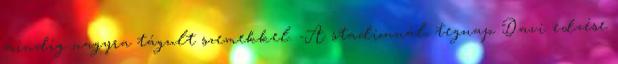
mindig nagyra tágult szemekkel. -A stadionnál, tegnap Davi edzése